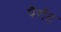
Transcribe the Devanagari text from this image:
पैरॉट